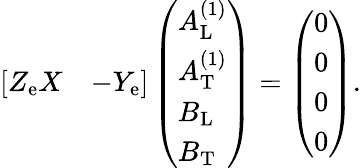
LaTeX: \begin{array}{r}{\left[\begin{array}{ll}{Z_{\mathrm{e}}X}&{-Y_{\mathrm{e}}}\end{array}\right]\left(\begin{array}{l}{A_{\mathrm{L}}^{(1)}}\\ {A_{\mathrm{T}}^{(1)}}\\ {B_{\mathrm{L}}}\\ {B_{\mathrm{T}}}\end{array}\right)=\left(\begin{array}{l}{0}\\ {0}\\ {0}\\ {0}\end{array}\right).}\end{array}